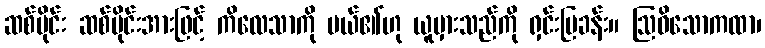
ဆစ်ပိုင်း ဆစ်ပိုင်းအားဖြင့် ကိလေသာကို ပယ်၏ဟု ယူမှားသည်ကို ရှင်းပြခန်း။ ဩဓိသောကထာ၊